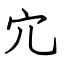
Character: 宂